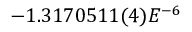
- 1 . 3 1 7 0 5 1 1 ( 4 ) E ^ { - 6 }